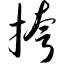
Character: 挎